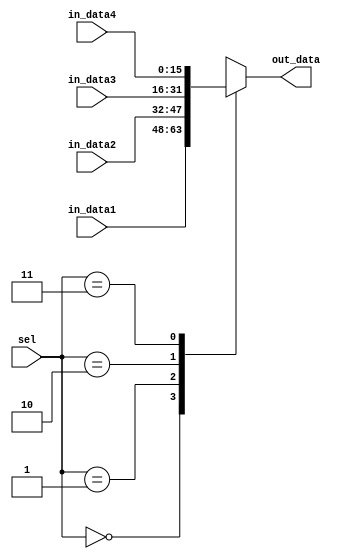
module mux_4to1(in_data1,in_data2,in_data3,in_data4,out_data,sel);
input [15:0] in_data1,in_data2,in_data3,in_data4;
input [1:0] sel;
output reg [15:0] out_data;

always @(sel,in_data1,in_data2,in_data3,in_data4)
begin
case(sel)
2'b00:out_data=in_data1;
2'b01:out_data=in_data2;
2'b10:out_data=in_data3;
2'b11:out_data=in_data4;
default:out_data=16'b0;
endcase
end
endmodule